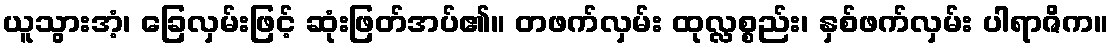
ယူသွားအံ့၊ ခြေလှမ်းဖြင့် ဆုံးဖြတ်အပ်၏။ တဖက်လှမ်း ထုလ္လစ္စည်း၊ နှစ်ဖက်လှမ်း ပါရာဇိက။